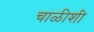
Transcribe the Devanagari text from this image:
चाळीशी